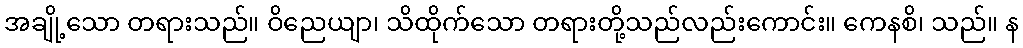
အချို့သော တရားသည်။ ဝိညေယျာ၊ သိထိုက်သော တရားတို့သည်လည်းကောင်း။ ကေနစိ၊ သည်။ န